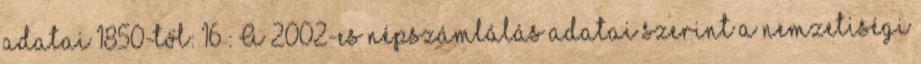
adatai 1850-től: 16 : A 2002-es népszámlálás adatai szerint a nemzetiségi